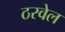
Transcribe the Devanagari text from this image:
ठरवेल